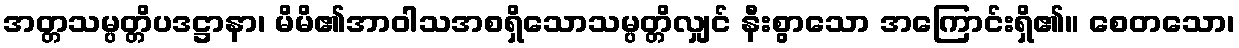
အတ္တသမ္ပတ္တိပဒဋ္ဌာနာ၊ မိမိ၏အာဝါသအစရှိသောသမ္ပတ္တိလျှင် နီးစွာသော အကြောင်းရှိ၏။ စေတသော၊